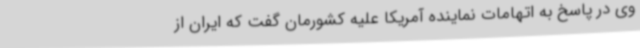
وی در پاسخ به اتهامات نماینده آمریکا علیه کشورمان گفت که ایران از